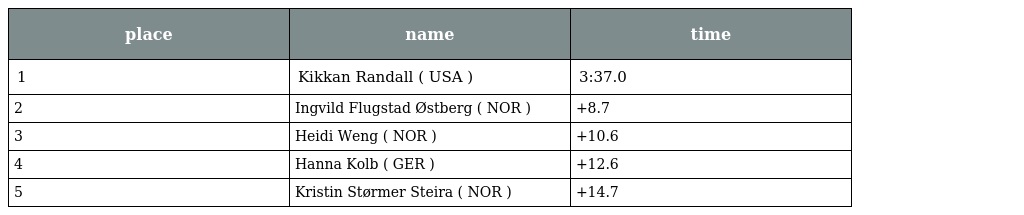
| place | name | time |
 | --- | --- | --- |
 | 1 | Kikkan Randall ( USA ) | 3:37.0 |
 | 2 | Ingvild Flugstad Østberg ( NOR ) | +8.7 |
 | 3 | Heidi Weng ( NOR ) | +10.6 |
 | 4 | Hanna Kolb ( GER ) | +12.6 |
 | 5 | Kristin Størmer Steira ( NOR ) | +14.7 |